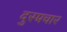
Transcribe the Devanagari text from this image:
दुस्प्रचार